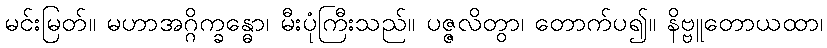
မင်းမြတ်။ မဟာအဂ္ဂိက္ခန္ဓော၊ မီးပုံကြီးသည်။ ပဇ္ဇလိတွာ၊ တောက်ပ၍။ နိဗ္ဗူတောယထာ၊